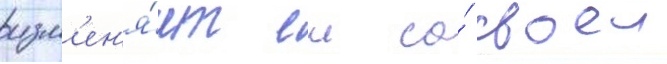
изм'ен'я́ет еи со́ своеи